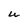
Character: U